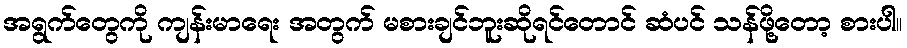
အရွက်တွေကို ကျန်းမာရေး အတွက် မစားချင်ဘူးဆိုရင်တောင် ဆံပင် သန်ဖို့တော့ စားပါ။